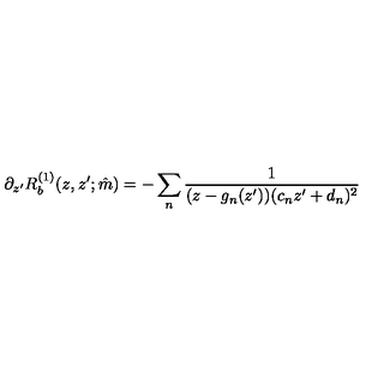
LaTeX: \partial _ { z ^ { \prime } } R _ { b } ^ { ( 1 ) } ( z , z ^ { \prime } ; \hat { m } ) = - \sum _ { n } \frac { 1 } { ( z - g _ { n } ( z ^ { \prime } ) ) ( c _ { n } z ^ { \prime } + d _ { n } ) ^ { 2 } }